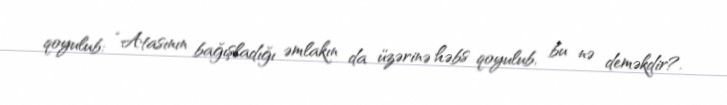
qoyulub: “Atasının bağışladığı əmlakın da üzərinə həbs qoyulub, bu nə deməkdir?.